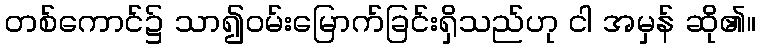
တစ်ကောင်၌ သာ၍ဝမ်းမြောက်ခြင်းရှိသည်ဟု ငါ အမှန် ဆို၏။